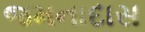
જમનાદાસ